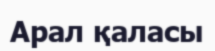
Арал қаласы